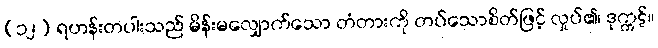
(၁၂) ရဟန်းတပါးသည် မိန်းမလျှောက်သော တံတားကို တပ်သောစိတ်ဖြင့် လှုပ်၏၊ ဒုက္ကဋ်။